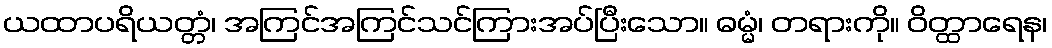
ယထာပရိယတ္တံ၊ အကြင်အကြင်သင်ကြားအပ်ပြီးသော။ ဓမ္မံ၊ တရားကို။ ဝိတ္ထာရေန၊